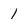
Character: 1